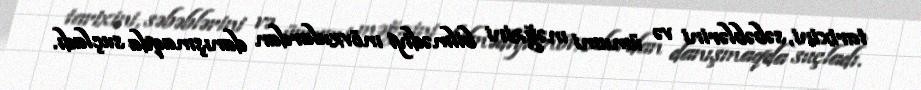
tarixini, səbəblərini və ümumi məğzini bilmədiyi mövzulardan danışmaqda suçladı.